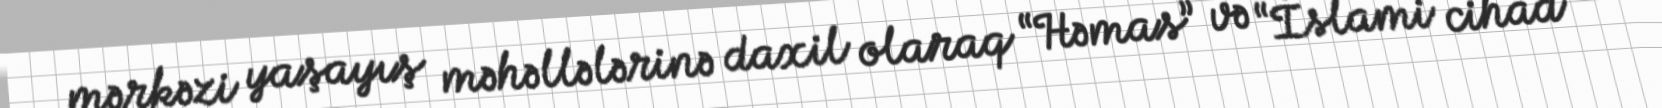
mərkəzi yaşayış məhəllələrinə daxil olaraq “Həmas” və “İslami cihad”